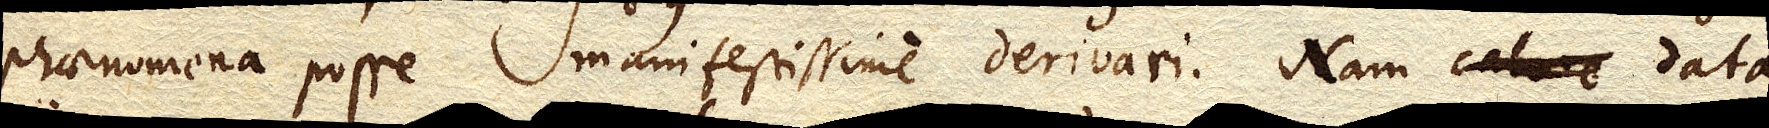
phaenomena posse manifestissime derivari. Nam calore data